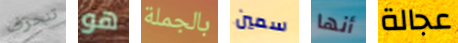
تنحرف هو بالجملة سمين أنها عجالة